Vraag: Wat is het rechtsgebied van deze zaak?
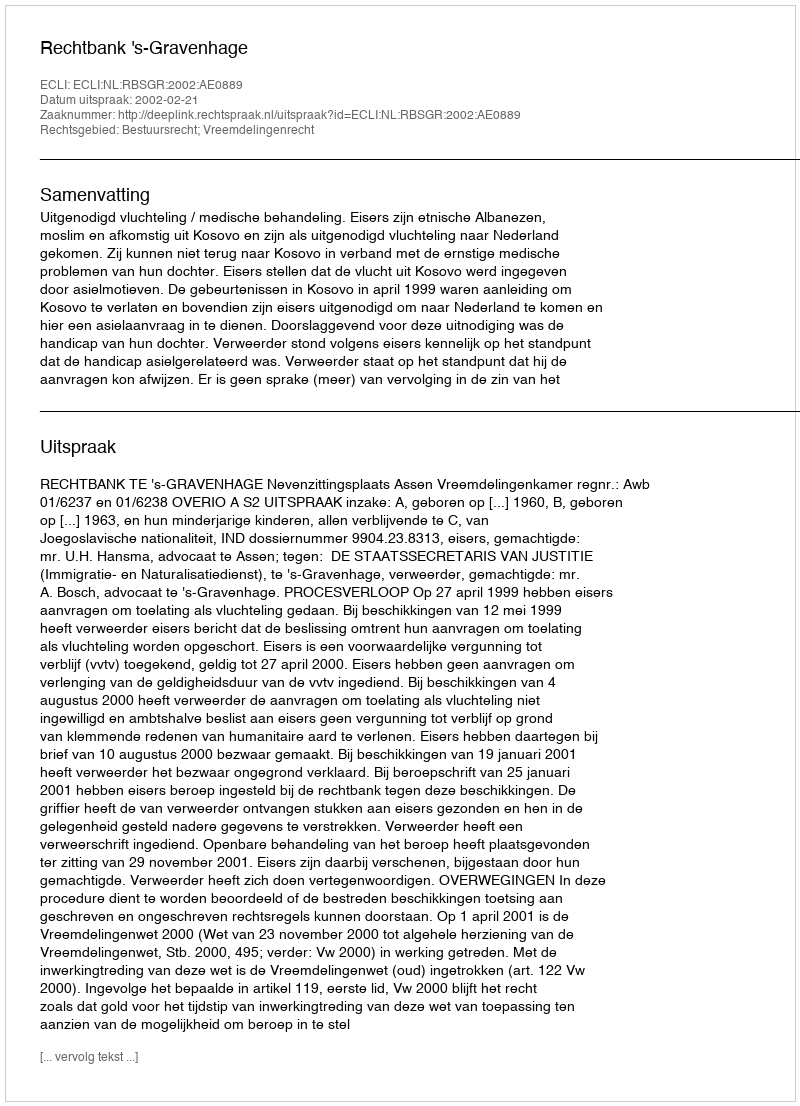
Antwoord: Bestuursrecht; Vreemdelingenrecht